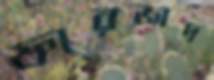
ফারজাদ